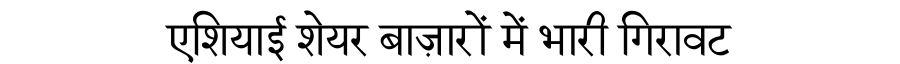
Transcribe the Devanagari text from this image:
एशियाई शेयर बाज़ारों में भारी गिरावट